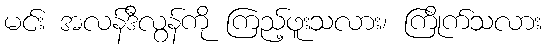
မင်း အလန်ဒီလွန်ကို ကြည့်ဖူးသလား၊ ကြိုက်သလား